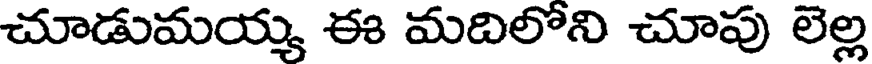
చూడుమయ్య ఈ మదిలోని చూపు లెల్ల